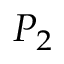
P _ { 2 }